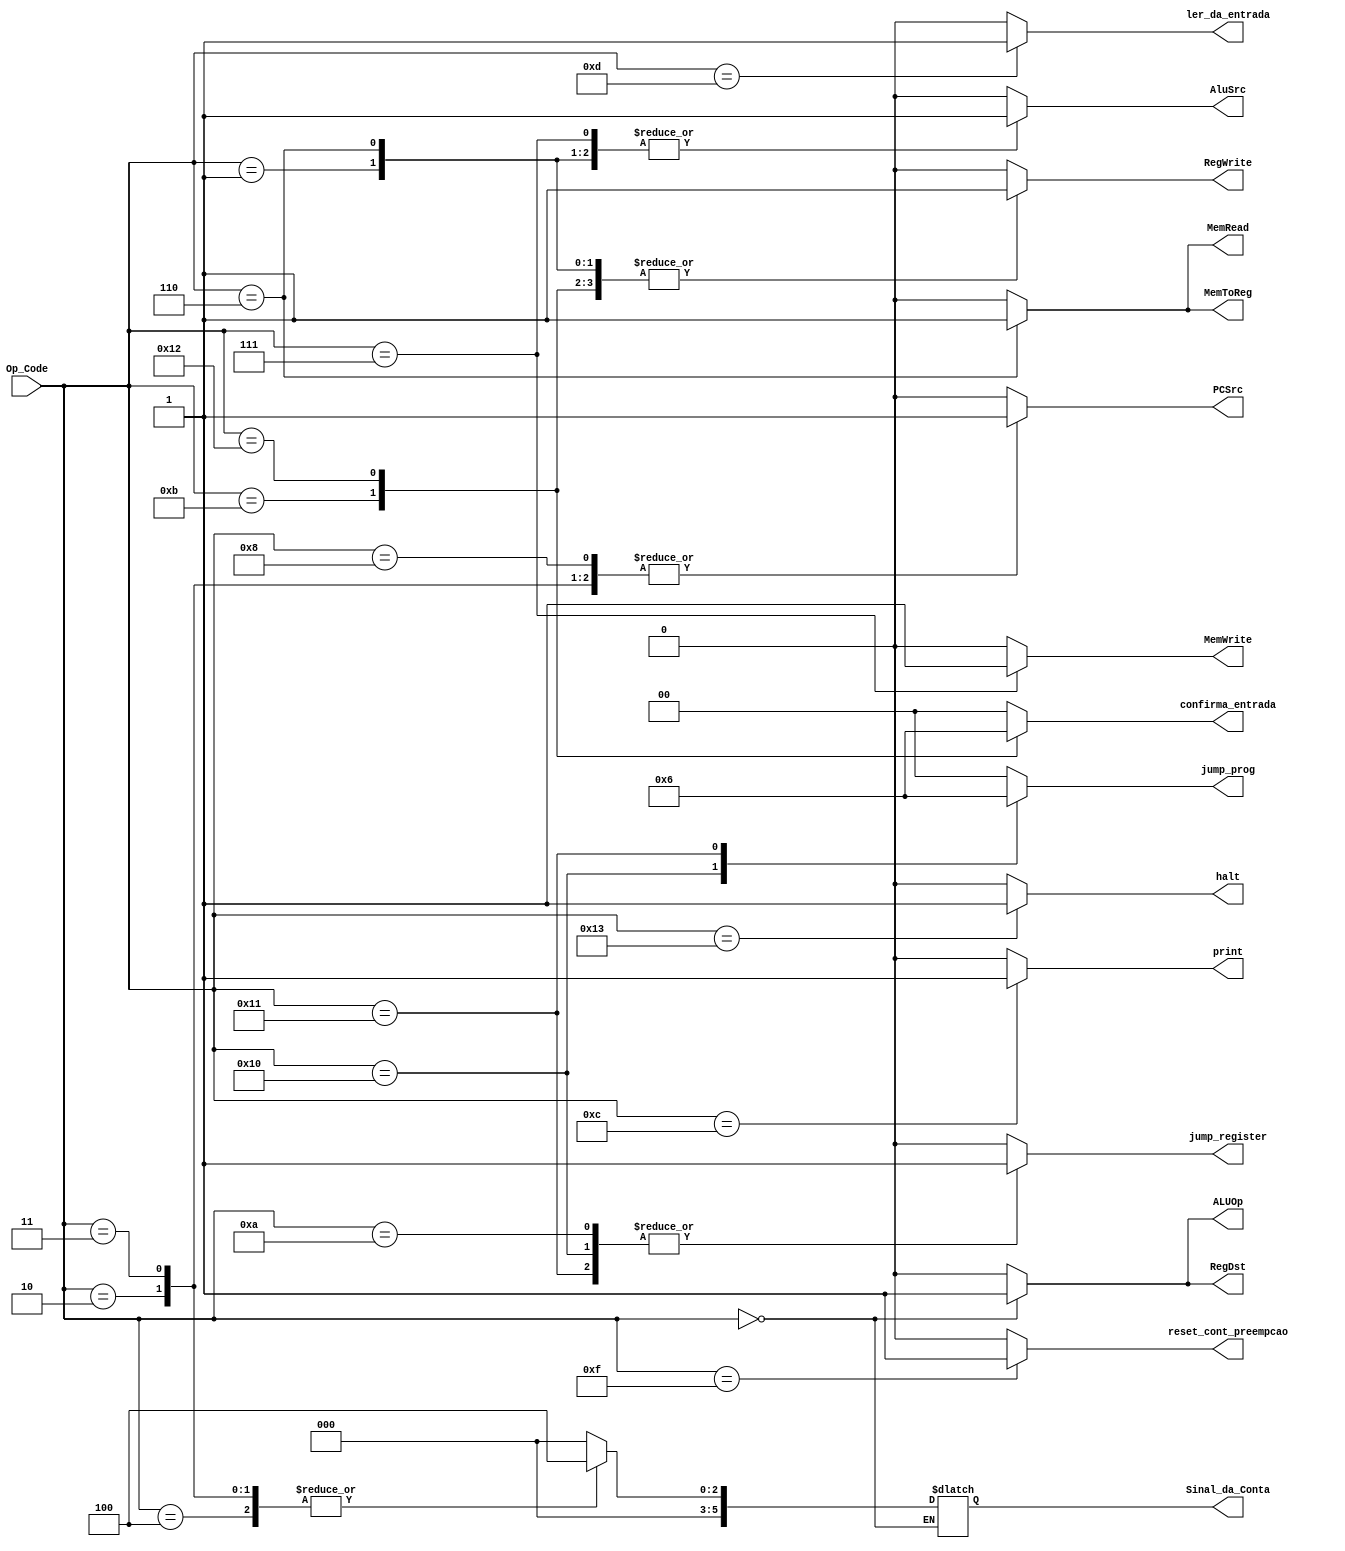
module Unidade_de_Controle 

(input [5:0] Op_Code,
	output reg RegDst,
	output reg RegWrite,
	output reg AluSrc,
	output reg ALUOp,
	output reg PCSrc,
	output reg MemWrite,
	output reg MemRead,
	output reg MemToReg,
	output reg print,
	output reg ler_da_entrada,
	output reg [1:0] confirma_entrada,
	//output reg reset_geral,
	output reg reset_cont_preempcao,
	output reg [1:0] jump_prog,
	output reg jump_register,
	output reg halt,
	output reg [5:0] Sinal_da_Conta);

	always @ (Op_Code) // nao esquecer de fazer o caso default
	begin
		case (Op_Code)
		
			6'b000000: begin //TODAS INSTRUCOES TIPO R
				RegDst = 1;
				RegWrite = 1;
				AluSrc = 0;
				ALUOp = 1; //ler func pra saber qual operacao R fazer 
				PCSrc = 0;
				MemWrite = 0;
				MemRead = 0;
				MemToReg = 0;
				print = 0;
				ler_da_entrada = 0;
				confirma_entrada = 0;
				//reset_geral = 0;
				reset_cont_preempcao = 0;
				jump_prog = 0;
				jump_register = 0;
				halt = 0;
			end
			
			//TIPO I (IMMEDIATE)
			
			6'b000001: begin //addi
				RegDst = 0;
				RegWrite = 1;
				AluSrc = 1;
				ALUOp = 0; //manter zerado
				PCSrc = 0;
				MemWrite = 0;
				MemRead = 0;
				MemToReg = 0;
				Sinal_da_Conta = 6'b000000;//adicao
				print = 0;
				ler_da_entrada = 0;
				confirma_entrada = 0;
				//reset_geral = 0;
				reset_cont_preempcao = 0;
				jump_prog = 0;
				jump_register = 0;
				halt = 0;
			end
			
			6'b000010: begin // beq
				RegDst = 0;
				RegWrite = 0;
				AluSrc = 0;
				ALUOp = 0; //manter zerado
				PCSrc = 1;
				MemWrite = 0;
				MemRead = 0;
				MemToReg = 0;
				Sinal_da_Conta = 6'b000100; //subtrao
				print = 0;
				ler_da_entrada = 0;
				confirma_entrada = 0;
				//reset_geral = 0;
				reset_cont_preempcao = 0;
				jump_prog = 0;
				jump_register = 0;
				halt = 0;
			end
			
			6'b000011: begin //blez
				RegDst = 0;
				RegWrite = 0;
				AluSrc = 0;
				ALUOp = 0; //manter zerado
				PCSrc = 1;
				MemWrite = 0;
				MemRead = 0;
				MemToReg = 0;
				Sinal_da_Conta = 6'b000100; //subtrao
				print = 0;
				ler_da_entrada = 0;
				confirma_entrada = 0;
				//reset_geral = 0;
				reset_cont_preempcao = 0;
				jump_prog = 0;
				jump_register = 0;
				halt = 0;
			end
			
			6'b000100: begin //bne
				RegDst = 0;
				RegWrite = 0;
				AluSrc = 0;
				ALUOp = 0; //manter zerado
				PCSrc = 0; // pq se nao foi igual o zero da alu nao vai ligar e eh isso que queremos
				MemWrite = 0;
				MemRead = 0;
				MemToReg = 0;
				Sinal_da_Conta = 6'b000100; //subtrao
				print = 0;
				ler_da_entrada = 0;
				confirma_entrada = 0;
				//reset_geral = 0;
				reset_cont_preempcao = 0;
				jump_prog = 0;
				jump_register = 0;
				halt = 0;
			end
			
			6'b000101: begin //bgtz
				RegDst = 0;
				RegWrite = 0;
				AluSrc = 0;
				ALUOp = 0; //manter zerado
				PCSrc = 0;
				MemWrite = 0;
				MemRead = 0;
				MemToReg = 0;
				Sinal_da_Conta = 6'b000000; //adio
				print = 0;
				ler_da_entrada = 0;
				confirma_entrada = 0;
				//reset_geral = 0;
				reset_cont_preempcao = 0;
				jump_prog = 0;
				jump_register = 0;
				halt = 0;
			end
			
			6'b000110: begin //lw
				RegDst = 0;
				RegWrite = 1;
				AluSrc = 1;
				ALUOp = 0; //manter zerado
				PCSrc = 0;
				MemWrite = 0;
				MemRead = 1;
				MemToReg = 1;
				Sinal_da_Conta = 6'b000000; //adio
				print = 0;
				ler_da_entrada = 0;
				confirma_entrada = 0;
				//reset_geral = 0;
				reset_cont_preempcao = 0;
				jump_prog = 0;
				jump_register = 0;
				halt = 0;
			end
			
			6'b000111: begin // sw
				RegDst = 0;
				RegWrite = 0;
				AluSrc = 1;
				ALUOp = 0; //manter zerado
				PCSrc = 0;
				MemWrite = 1;
				MemRead = 0;
				MemToReg = 0;
				Sinal_da_Conta = 6'b000000;// adio
				print = 0;
				ler_da_entrada = 0;
				confirma_entrada = 0;
				//reset_geral = 0;
				reset_cont_preempcao = 0;
				jump_prog = 0;
				jump_register = 0;
				halt = 0;
			end
			
			6'b001000: begin // j
				RegDst = 0;
				RegWrite = 0;
				AluSrc = 0;
				ALUOp = 0; //manter zerado
				PCSrc = 1;
				MemWrite = 0;
				MemRead = 0;
				MemToReg = 0;
				Sinal_da_Conta = 6'b000000;
				print = 0;
				ler_da_entrada = 0;
				confirma_entrada = 0;
				//reset_geral = 0;
				reset_cont_preempcao = 0;
				jump_prog = 0;
				jump_register = 0;
				halt = 0;
			end
			
			6'b001100: begin // OUTPUT
				RegDst = 0;
				RegWrite = 0;
				AluSrc = 0;
				ALUOp = 0; //manter zerado
				PCSrc = 0;
				MemWrite = 0;
				MemRead = 0;
				MemToReg = 0;
				Sinal_da_Conta = 6'b000000;
				print = 1;
				ler_da_entrada = 0;
				confirma_entrada = 0;
				//reset_geral = 0;
				reset_cont_preempcao = 0;
				jump_prog = 0;
				jump_register = 0;
				halt = 0;
			end
			
			6'b001011: begin // INPUT
				RegDst = 0;
				RegWrite = 1;
				AluSrc = 0;
				ALUOp = 0; //manter zerado
				PCSrc = 0;
				MemWrite = 0;
				MemRead = 0;
				MemToReg = 0;
				Sinal_da_Conta = 6'b000000;
				print = 0;
				ler_da_entrada = 0;
				confirma_entrada = 1;
				//reset_geral = 0;
				reset_cont_preempcao = 0;
				jump_prog = 0;
				jump_register = 0;
				halt = 0;
			end
			
			6'b001101: begin // delay
				RegDst = 0;
				RegWrite = 0;
				AluSrc = 0;
				ALUOp = 0; //manter zerado
				PCSrc = 0;
				MemWrite = 0;
				MemRead = 0;
				MemToReg = 0;
				Sinal_da_Conta = 6'b000000;
				print = 0;
				ler_da_entrada = 1;
				confirma_entrada = 0;
				//reset_geral = 0;
				reset_cont_preempcao = 0;
				jump_prog = 0;
				jump_register = 0;
				halt = 0;
			end
			
			6'b001110: begin // reset_geral
				RegDst = 0;
				RegWrite = 0;
				AluSrc = 0;
				ALUOp = 0; //manter zerado
				PCSrc = 0;
				MemWrite = 0;
				MemRead = 0;
				MemToReg = 0;
				Sinal_da_Conta = 6'b000000;
				print = 0;
				ler_da_entrada = 0;
				confirma_entrada = 0;
				//reset_geral = 1;
				reset_cont_preempcao = 0;
				jump_prog = 0;
				jump_register = 0;
				halt = 0;
			end
			
			6'b001111: begin // reset_preemp //descontinuado
				RegDst = 0;
				RegWrite = 0;
				AluSrc = 0;
				ALUOp = 0; //manter zerado
				PCSrc = 0;
				MemWrite = 0;
				MemRead = 0;
				MemToReg = 0;
				Sinal_da_Conta = 6'b000000;
				print = 0;
				ler_da_entrada = 0;
				confirma_entrada = 0;
				//reset_geral = 0;
				reset_cont_preempcao = 1;
				jump_prog = 0;
				jump_register = 0;
				halt = 0;
			end
			
			6'b010010: begin // recup_PC
				RegDst = 0; //vai mandar para o rt
				RegWrite = 1;
				AluSrc = 0;
				ALUOp = 0; //manter zerado
				PCSrc = 0;
				MemWrite = 0;
				MemRead = 0;
				MemToReg = 0;
				Sinal_da_Conta = 6'b000000;
				print = 0;
				ler_da_entrada = 0;
				confirma_entrada = 2;
				//reset_geral = 0;
				reset_cont_preempcao = 0;
				jump_prog = 0;
				jump_register = 0;
				halt = 0;
			end
			
			6'b010000: begin // jump P1
				RegDst = 0;
				RegWrite = 0;
				AluSrc = 0;
				ALUOp = 0; //manter zerado
				PCSrc = 0;
				MemWrite = 0;
				MemRead = 0;
				MemToReg = 0;
				Sinal_da_Conta = 6'b000000;
				print = 0;
				ler_da_entrada = 0;
				confirma_entrada = 0;
				//reset_geral = 0;
				reset_cont_preempcao = 0;
				jump_prog = 1;
				jump_register = 1;
				halt = 0;
			end
			
			6'b010001: begin // jump P2
				RegDst = 0;
				RegWrite = 0;
				AluSrc = 0;
				ALUOp = 0; //manter zerado
				PCSrc = 0;
				MemWrite = 0;
				MemRead = 0;
				MemToReg = 0;
				Sinal_da_Conta = 6'b000000;
				print = 0;
				ler_da_entrada = 0;
				confirma_entrada = 0;
				//reset_geral = 0;
				reset_cont_preempcao = 0;
				jump_prog = 2;
				jump_register = 1;
				halt = 0;
			end
			
			6'b001010: begin // jump register
				RegDst = 0;
				RegWrite = 0;
				AluSrc = 0;
				ALUOp = 0; //manter zerado
				PCSrc = 0;
				MemWrite = 0;
				MemRead = 0;
				MemToReg = 0;
				Sinal_da_Conta = 6'b000000;
				print = 0;
				ler_da_entrada = 0;
				confirma_entrada = 0;
				//reset_geral = 0;
				reset_cont_preempcao = 0;
				jump_prog = 0;
				jump_register = 1;
				halt = 0;
			end
			
			6'b010011: begin // HALT
				RegDst = 0;
				RegWrite = 0;
				AluSrc = 0;
				ALUOp = 0; //manter zerado
				PCSrc = 0;
				MemWrite = 0;
				MemRead = 0;
				MemToReg = 0;
				Sinal_da_Conta = 6'b000000;
				print = 0;
				ler_da_entrada = 0;
				confirma_entrada = 0;
				//reset_geral = 0;
				reset_cont_preempcao = 0;
				jump_prog = 0;
				jump_register = 0;
				halt = 1;
			end
			
			default: begin
				RegDst = 0;
				RegWrite = 0;
				AluSrc = 0;
				ALUOp = 0; //manter zerado
				PCSrc = 0;
				MemWrite = 0;
				MemRead = 0;
				MemToReg = 0;
				Sinal_da_Conta = 6'b000000;
				print = 0;
				ler_da_entrada = 0;
				confirma_entrada = 0;
				//reset_geral = 0;
				reset_cont_preempcao = 0;
				jump_prog = 0;
				jump_register = 0;
				halt = 0;
			end
		
		endcase
	end

endmodule